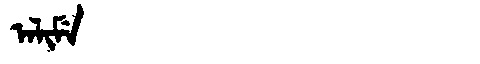
Manchu: ᠠᠯᡳᠮᡝ
Romanization: ALIME